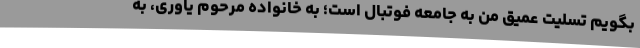
بگویم تسلیت عمیق من به جامعه فوتبال است؛ به خانواده مرحوم یاوری، به